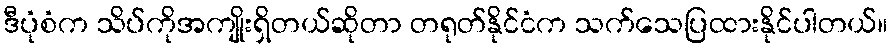
ဒီပုံစံက သိပ်ကိုအကျိုးရှိတယ်ဆိုတာ တရုတ်နိုင်ငံက သက်သေပြထားနိုင်ပါတယ်။